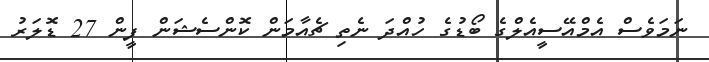
ނަމަވެސް އެމްއޭސީއެލްގެ ބޯޑުގެ ހުއްދަ ނެތި ޗެއާމަން ކޮންސެޝަން ފީން 27 ޑޮލަރު